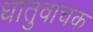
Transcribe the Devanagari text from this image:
धातुवाचक